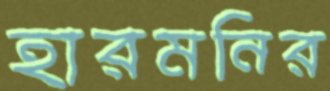
হারমনির